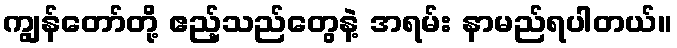
ကျွန်တော်တို့ ဧည့်သည်တွေနဲ့ အရမ်း နာမည်ရပါတယ်။